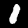
Label: 1